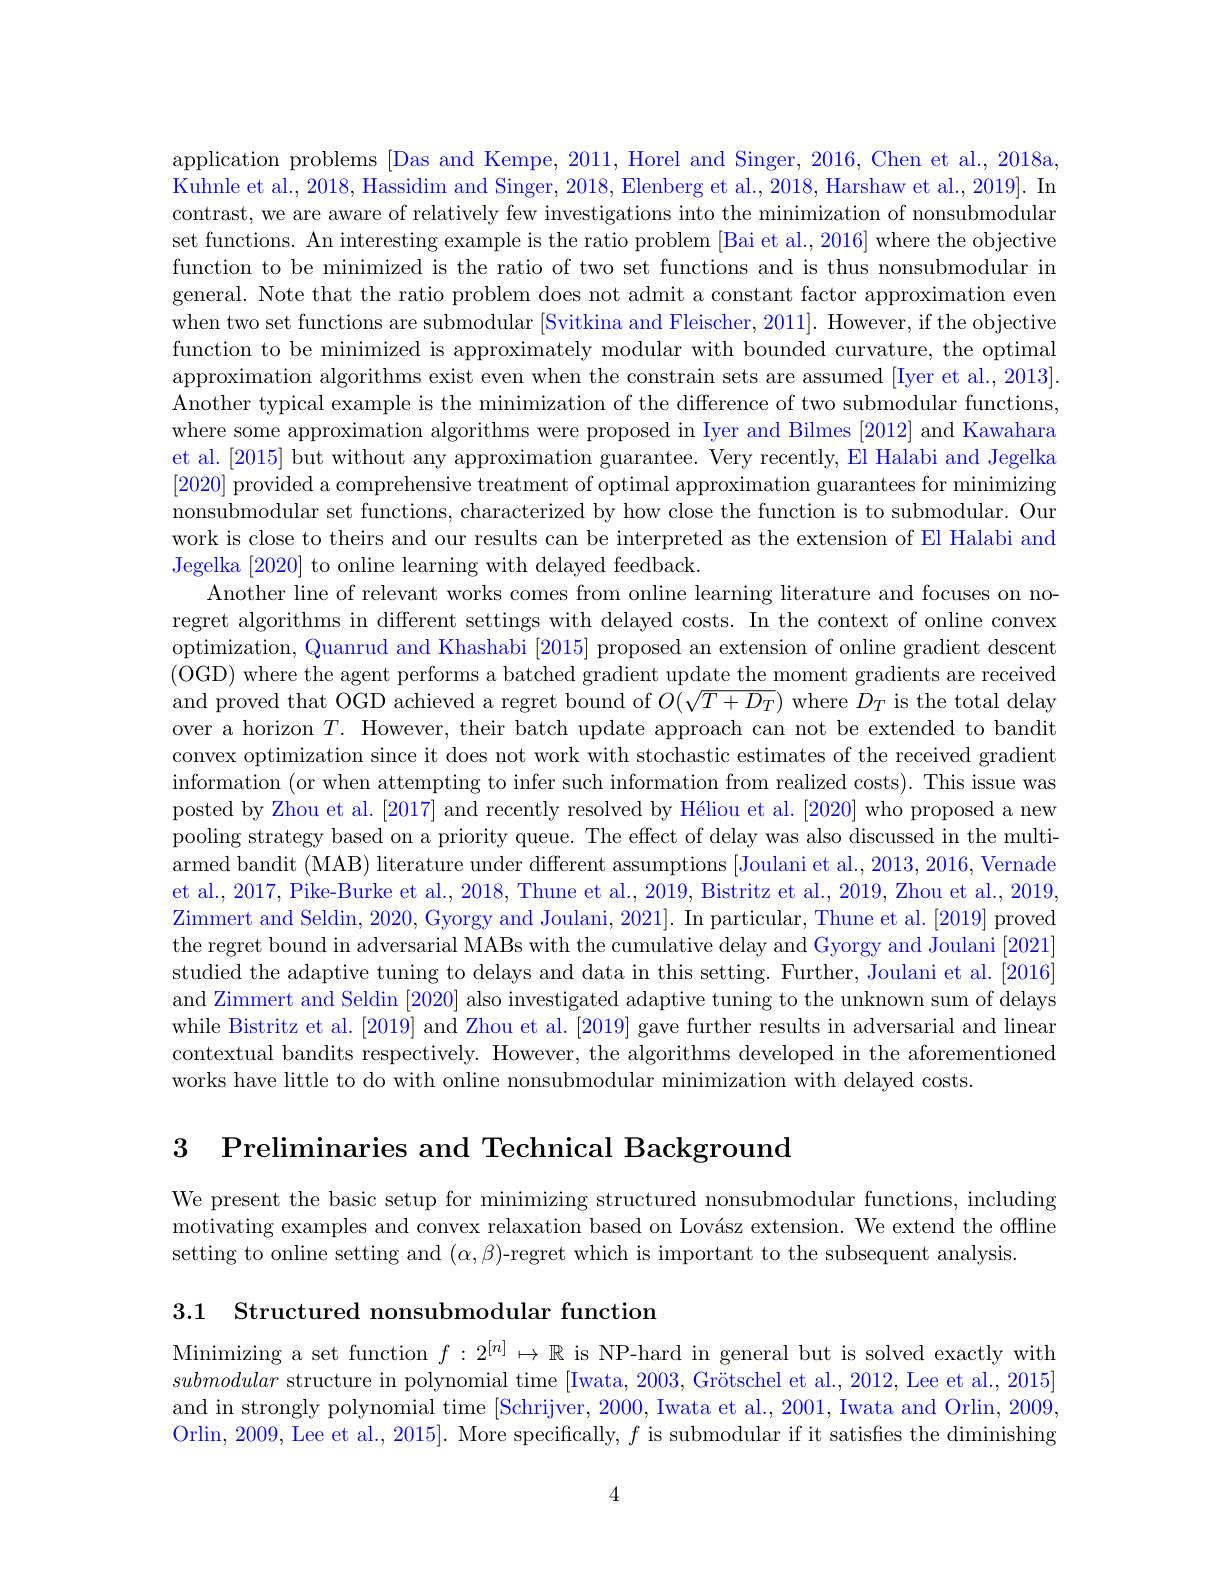
application problems [Das and Kempe, 2011, Horel and Singer, 2016, Chen et al., 2018a, Kuhnle et al., 2018, Hassidim and Singer, 2018, Elenberg et al., 2018, Harshaw et al., 2019]. In contrast, we are aware of relatively few investigations into the minimization of nonsubmodular set functions. An interesting example is the ratio problem [Bai et al., 2016] where the objective function to be minimized is the ratio of two set functions and is thus nonsubmodular in general. Note that the ratio problem does not admit a constant factor approximation even when two set functions are submodular [Svitkina and Fleischer, 2011]. However, if the objective function to be minimized is approximately modular with bounded curvature, the optimal approximation algorithms exist even when the constrain sets are assumed [Iyer et al., 2013]. Another typical example is the minimization of the difference of two submodular functions, where some approximation algorithms were proposed in Iyer and Bilmes [2012] and Kawahara et al. [2015] but without any approximation guarantee. Very recently, El Halabi and Jegelka [2020] provided a comprehensive treatment of optimal approximation guarantees for minimizing nonsubmodular set functions, characterized by how close the function is to submodular. Our work is close to theirs and our results can be interpreted as the extension of El Halabi and Jegelka [2020] to online learning with delayed feedback.
Another line of relevant works comes from online learning literature and focuses on noregret algorithms in different settings with delayed costs. In the context of online convex optimization, Quanrud and Khashabi [2015] proposed an extension of online gradient descent (OGD) where the agent performs a batched gradient update the moment gradients are received and proved that OGD achieved a regret bound of $O(\sqrt{T+D_T})$ where $D_T$ is the total delay over a horizon $T.$ However, their batch update approach can not be extended to bandit convex optimization since it does not work with stochastic estimates of the received gradient information (or when attempting to infer such information from realized costs). This issue was posted by Zhou et al. [2017] and recently resolved by Héliou et al. [2020] who proposed a new pooling strategy based on a priority queue. The effect of delay was also discussed in the multiarmed bandit (MAB) literature under different assumptions [Joulani et al., 2013, 2016, Vernade et al., 2017, Pike-Burke et al., 2018, Thune et al., 2019, Bistritz et al., 2019, Zhou et al., 2019, Zimmert and Seldin, 2020, Gyorgy and Joulani, 2021]. In particular, Thune et al. [2019] proved the regret bound in adversarial MABs with the cumulative delay and Gyorgy and Joulani [2021] studied the adaptive tuning to delays and data in this setting. Further, Joulani et al. [2016] and Zimmert and Seldin [2020] also investigated adaptive tuning to the unknown sum of delays while Bistritz et al. [2019] and Zhou et al. [2019] gave further results in adversarial and linear contextual bandits respectively. However, the algorithms developed in the aforementioned works have little to do with online nonsubmodular minimization with delayed costs.

 Preliminaries and Technical Background

We present the basic setup for minimizing structured nonsubmodular functions, including $\tilde{\text{motivating examples and convex relaxation based on Lovász extension. We extend the offline}}$ setting to online setting and $(\alpha,\beta)$-regret which is important to the subsequent analysis.

3.1 Structured nonsubmodular function

Minimizing a set function $f:2^[n]\mapsto\mathbb{R}$ is NP-hard in general but is solved exactly with submodular structure in polynomial time [Iwata, 2003, Grötschel et al., 2012, Lee et al., 2015] and in strongly polynomial time [Schrijver, 2000, Iwata et al., 2001, Iwata and Orlin, 2009, Orlin, 2009, Lee et al. , 2015] .  More specifically, $f$ is submodular if it satisfies the diminishing

4